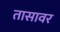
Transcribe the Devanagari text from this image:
तासावर